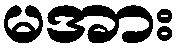
မအား